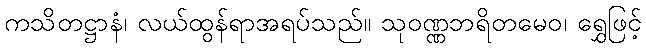
ကသိတဋ္ဌာနံ၊ လယ်ထွန်ရာအရပ်သည်။ သုဝဏ္ဏဘရိတမေဝ၊ ရွှေဖြင့်